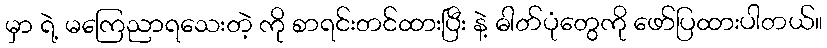
မှာ ရဲ့ မကြေညာရသေးတဲ့ ကို စာရင်းတင်ထားပြီး နဲ့ ဓါတ်ပုံတွေကို ဖော်ပြထားပါတယ်။